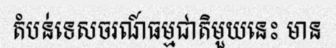
តំបន់ទេសចរណ៍ធម្មជាតិមួយនេះ មាន